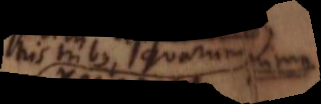
his tribus, quarum